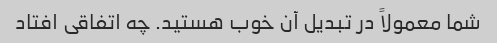
شما معمولاً در تبدیل آن خوب هستید. چه اتفاقی افتاد